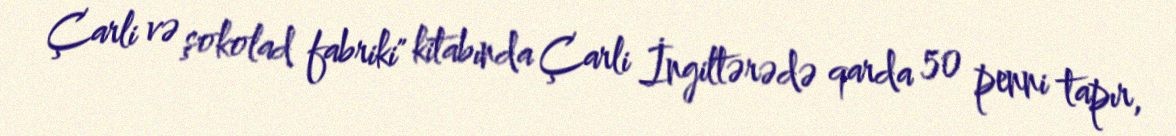
Çarli və şokolad fabriki" kitabında Çarli İngiltərədə qarda 50 penni tapır,